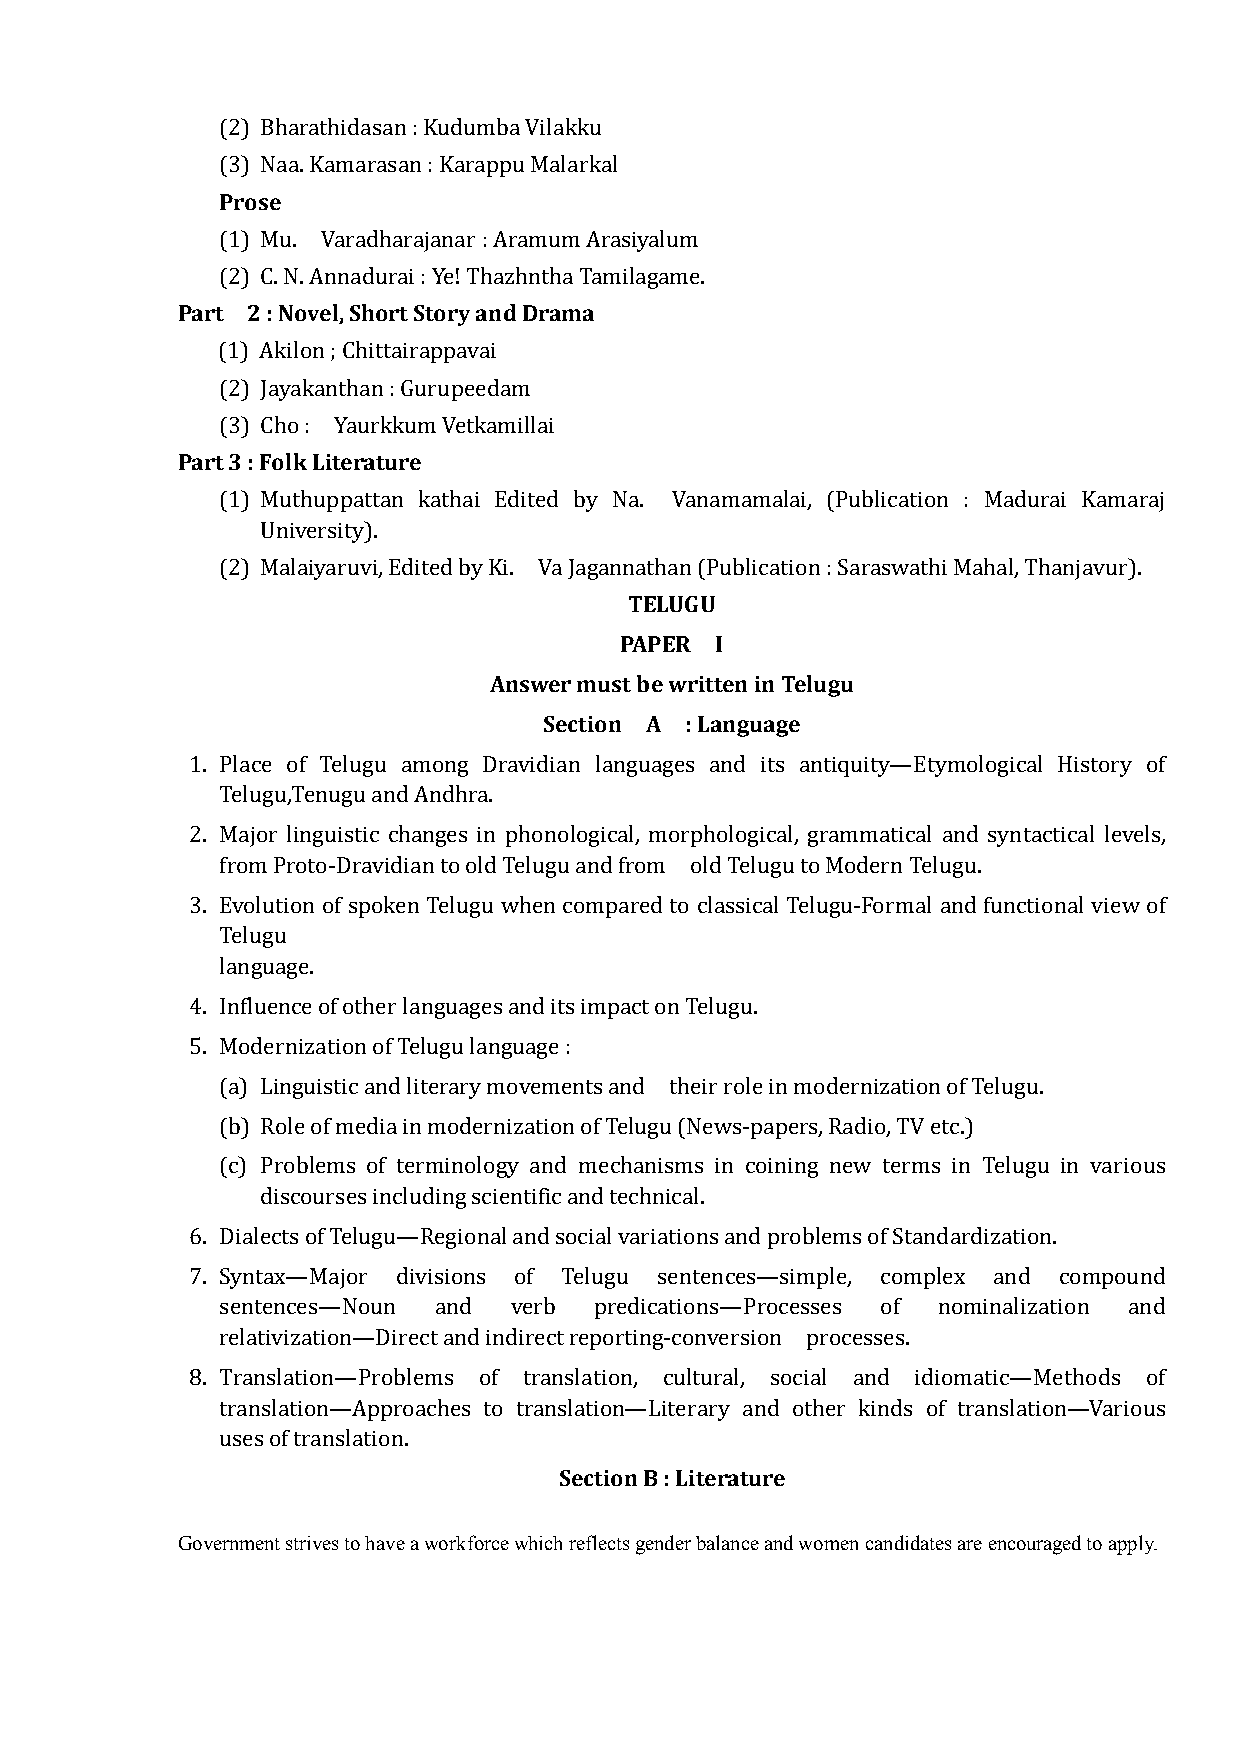
(2) Bharathidasan : Kudumba Vilakku
 Prose
 (3) Naa. Kamarasan : Karappu Malarkal
 (1) Mu. Varadharajanar : Aramum Arasiyalum
 Part 2 : Novel, Short Story and Drama
 (2) C. N. Annadurai : Ye! Thazhntha Tamilagame.
 (1) Akilon ; Chittairappavai
 (2) Jayakanthan : Gurupeedam
 Part 3 : Folk Literature
 (3) Cho : Yaurkkum Vetkamillai
 (1) Muthuppattan kathai Edited by Na. Vanamamalai, (Publication : Madurai Kamaraj
 University).
 TELUGU
 (2) Malaiyaruvi, Edited by Ki. Va Jagannathan (Publication : Saraswathi Mahal, Thanjavur).
 PAPER I
 Answer must be written in Telugu
 Section A : Language
 1. Place of Telugu among Dravidian languages and its antiquity—Etymological History of
 Telugu,Tenugu and Andhra.
 2. Major linguistic changes in phonological, morphological, grammatical and syntactical levels,
 from Proto-Dravidian to old Telugu and from old Telugu to Modern Telugu.
 3. Evolution of spoken Telugu when compared to classical Telugu-Formal and functional view of
 Telugu
 language.
 4. Influence of other languages and its impact on Telugu.
 5. Modernization of Telugu language :
 (a) Linguistic and literary movements and their role in modernization of Telugu.
 (b) Role of media in modernization of Telugu (News-papers, Radio, TV etc.)
 (c) Problems of terminology and mechanisms in coining new terms in Telugu in various
 discourses including scientific and technical.
 6. Dialects of Telugu—Regional and social variations and problems of Standardization.
 7. Syntax—Major divisions of Telugu sentences—simple, complex and compound
 sentences—Noun and verb predications—Processes of nominalization and
 relativization—Direct and indirect reporting-conversion processes.
 8. Translation—Problems of translation, cultural, social and idiomatic—Methods of
 translation—Approaches to translation—Literary and other kinds of translation—Various
 Section B : Literature
 uses of translation.
 Government strives to have a workforce which reflects gender balance and women candidates are encouraged to apply.